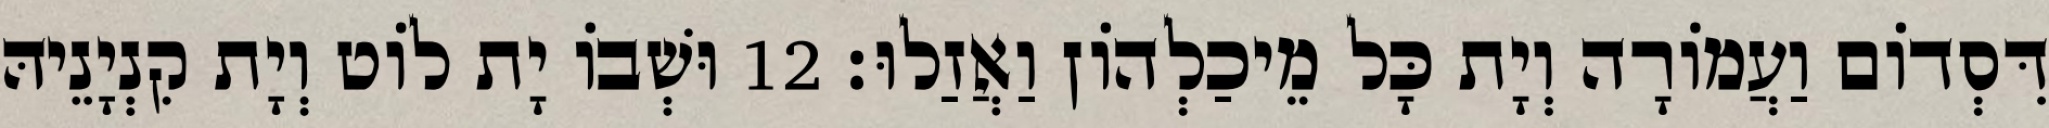
דִּסְדוֹם וַעֲמוֹרָה וְיָת כָּל מֵיכַלְהוֹן וַאֲזַלוּ׃ 12 וּשְׁבוֹ יָת לוֹט וְיָת קִנְיָנֵיהּ